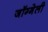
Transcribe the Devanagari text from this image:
जॉग्गेली